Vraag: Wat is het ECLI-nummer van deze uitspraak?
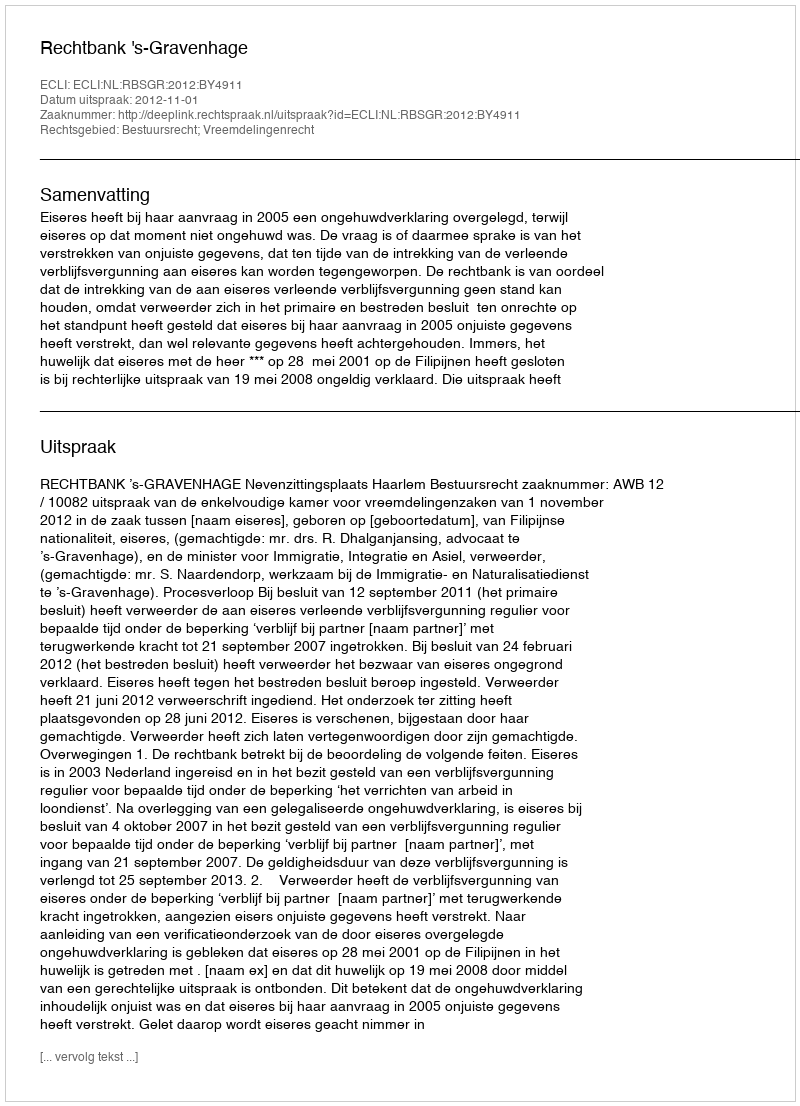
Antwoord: ECLI:NL:RBSGR:2012:BY4911